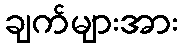
ချက်များအား